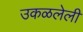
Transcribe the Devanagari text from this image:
उकळलेली